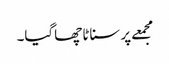
مجمعے پر سناٹا چھاگیا۔